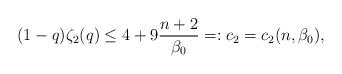
LaTeX: \begin{align*}(1-q)\zeta_{2}(q) \leq 4 + 9\frac{n+2}{\beta_{0}} =: c_{2} = c_{2}(n,\beta_{0}),\end{align*}